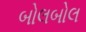
બોલબોલ